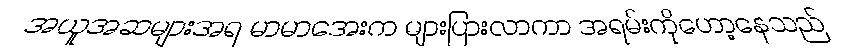
အယူအဆများအရ မာမာအေးက များပြားလာကာ အရမ်းကိုဟော့နေသည်